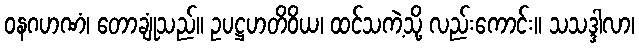
ဝနဂဟဏံ၊ တောချုံသည်။ ဥပဋ္ဌဟတိဝိယ၊ ထင်သကဲ့သို့ လည်းကောင်း။ သသဒ္ဒါလာ၊